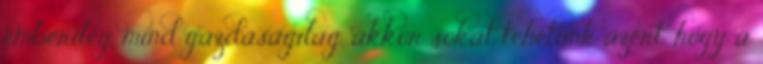
emberileg, mind gazdaságilag, akkor sokat tehetünk azért, hogy a